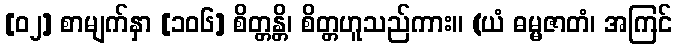
[၀၂] စာမျက်နှာ [၁၀၆] စိတ္တန္တိ၊ စိတ္တဟူသည်ကား။ (ယံ ဓမ္မဇာတံ၊ အကြင်